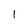
Character: I